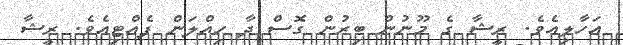
އަހާލިއެވެ. ރީޝާ ގެ މޫނުން ބިރުން ގޮސް ދާ ހިއްލަން ފެއްޓިއެވެ. ރީޝާ